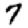
Digit: 7